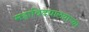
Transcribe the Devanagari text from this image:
महाविदयालयाच्या